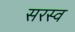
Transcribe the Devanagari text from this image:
सरस्व